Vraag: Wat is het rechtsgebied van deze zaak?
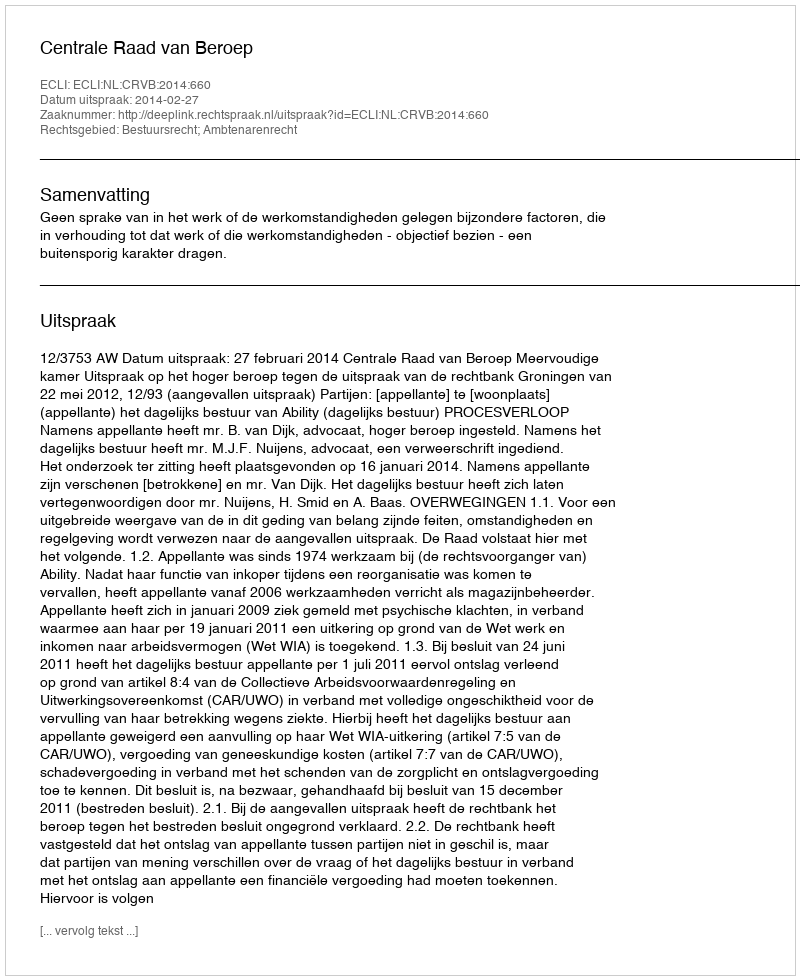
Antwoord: Bestuursrecht; Ambtenarenrecht